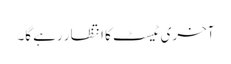
آخری ٹیسٹ کا انتظار رہے گا۔